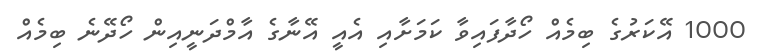
1000 އޭކަރުގެ ބިމެއް ހޯދާފައިވާ ކަމަށާއި އެއީ އޭނާގެ އާމްދަނީއިން ހޯދޭނެ ބިމެއް